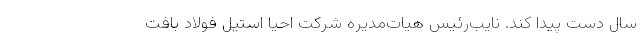
سال دست پیدا کند. نایب‌رئیس هیات‌‌مدیره شرکت احیا استیل فولاد بافت